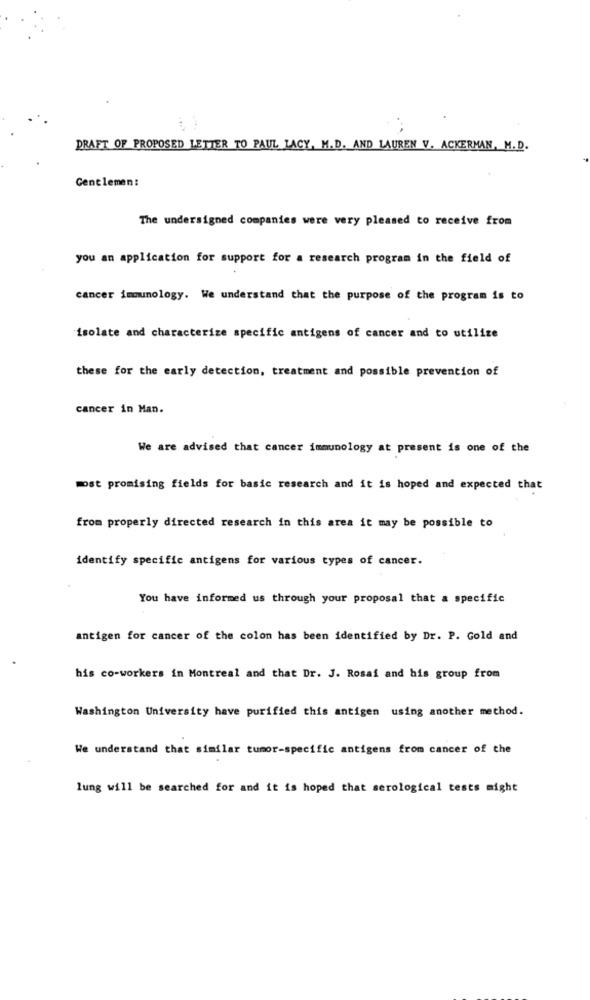
DRAFT OF PROPOSED LETTER TO PAUL LACY, M.D. AND LAUREN V. ACKERMAN, M.D.
Gentlemen :
The undersigned companies were very pleased to receive from
you an application for support for a research program in the field of
cancer immunology. We understand that the purpose of the program is to
isolate and characterize specific antigens of cancer and to utilize
these for the early detection, treatment and possible prevention of
cancer in Man.
We are advised that cancer immunology at present is one of the
most promising fields for basic research and it is hoped and expected that
from properly directed research in this area it may be possible to
identify specific antigens for various types of cancer.
You have informed us through your proposal that a specific
antigen for cancer of the colon has been identified by Dr. P. Gold and
his co-workers in Montreal and that Dr. J. Rosai and his group from
Washington University have purified this antigen using another method.
We understand that similar tumor-specific antigens from cancer of the
lung will be searched for and it is hoped that serological tests might